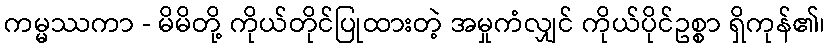
ကမ္မဿကာ - မိမိတို့ ကိုယ်တိုင်ပြုထားတဲ့ အမှုကံလျှင် ကိုယ်ပိုင်ဥစ္စာ ရှိကုန်၏၊